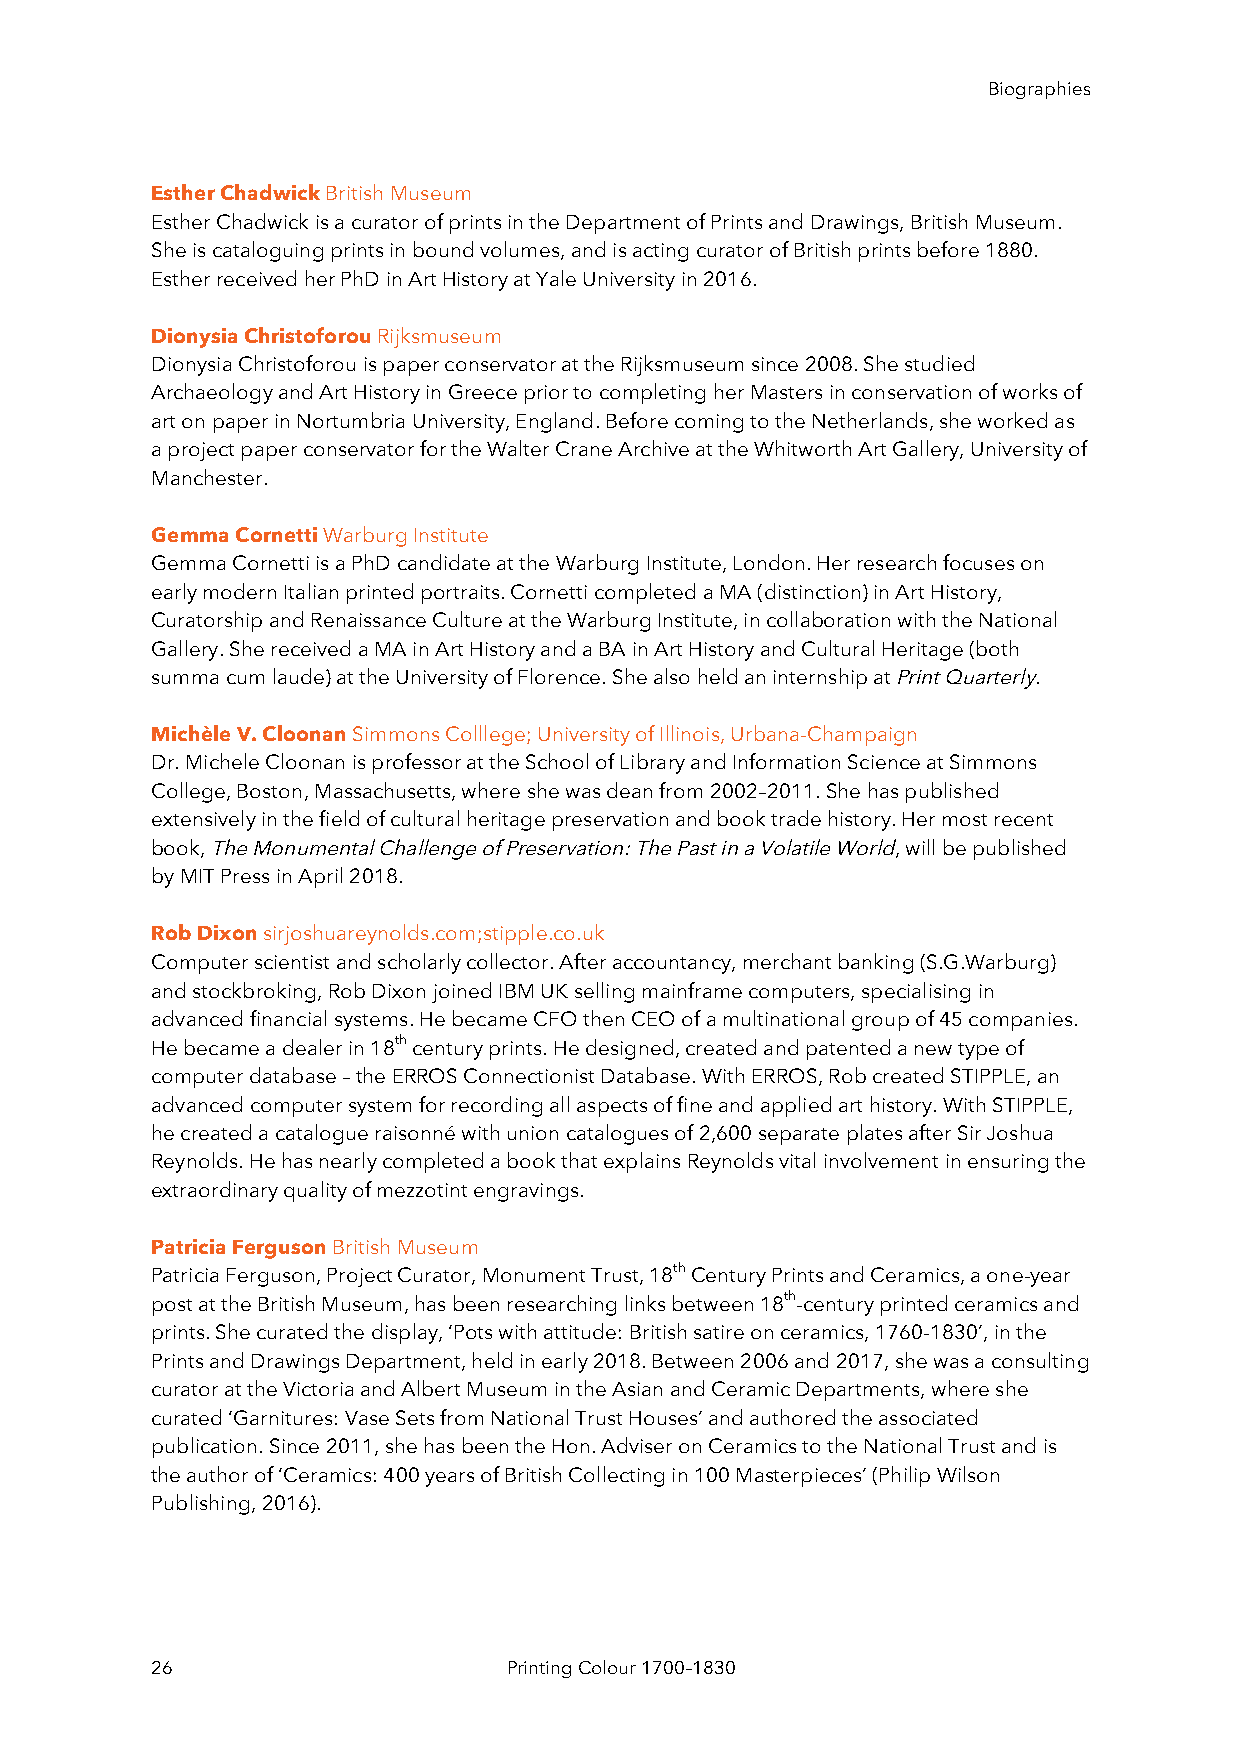
Biographies
 Esther Chadwick British Museum
 Esther Chadwick is a curator of prints in the Department of Prints and Drawings, British Museum.
 She is cataloguing prints in bound volumes, and is acting curator of British prints before 1880.
 Esther received her PhD in Art History at Yale University in 2016.
 Dionysia Christoforou Rijksmuseum
 Dionysia Christoforou is paper conservator at the Rijksmuseum since 2008. She studied
 Archaeology and Art History in Greece prior to completing her Masters in conservation of works of
 art on paper in Nortumbria University, England. Before coming to the Netherlands, she worked as
 a project paper conservator for the Walter Crane Archive at the Whitworth Art Gallery, University of
 Manchester.
 Gemma Cornetti Warburg Institute
 Gemma Cornetti is a PhD candidate at the Warburg Institute, London. Her research focuses on
 early modern Italian printed portraits. Cornetti completed a MA (distinction) in Art History,
 Curatorship and Renaissance Culture at the Warburg Institute, in collaboration with the National
 Gallery. She received a MA in Art History and a BA in Art History and Cultural Heritage (both
 summa cum laude) at the University of Florence. She also held an internship at Print Quarterly.
 Michèle V. Cloonan Simmons Colllege; University of Illinois, Urbana-Champaign
 Dr. Michele Cloonan is professor at the School of Library and Information Science at Simmons
 College, Boston, Massachusetts, where she was dean from 2002–2011. She has published
 extensively in the field of cultural heritage preservation and book trade history. Her most recent
 book, The Monumental Challenge of Preservation: The Past in a Volatile World, will be published
 by MIT Press in April 2018.
 Rob Dixon sirjoshuareynolds.com;stipple.co.uk
 Computer scientist and scholarly collector. After accountancy, merchant banking (S.G.Warburg)
 and stockbroking, Rob Dixon joined IBM UK selling mainframe computers, specialising in
 advanced financial systems. He became CFO then CEO of a multinational group of 45 companies.
 He became a dealer in 18th century prints. He designed, created and patented a new type of
 computer database – the ERROS Connectionist Database. With ERROS, Rob created STIPPLE, an
 advanced computer system for recording all aspects of fine and applied art history. With STIPPLE,
 he created a catalogue raisonné with union catalogues of 2,600 separate plates after Sir Joshua
 Reynolds. He has nearly completed a book that explains Reynolds vital involvement in ensuring the
 extraordinary quality of mezzotint engravings.
 Patricia Ferguson British Museum
 Patricia Ferguson, Project Curator, Monument Trust, 18th Century Prints and Ceramics, a one-year
 post at the British Museum, has been researching links between 18th-century printed ceramics and
 prints. She curated the display, ‘Pots with attitude: British satire on ceramics, 1760-1830’, in the
 Prints and Drawings Department, held in early 2018. Between 2006 and 2017, she was a consulting
 curator at the Victoria and Albert Museum in the Asian and Ceramic Departments, where she
 curated ‘Garnitures: Vase Sets from National Trust Houses’ and authored the associated
 publication. Since 2011, she has been the Hon. Adviser on Ceramics to the National Trust and is
 the author of ‘Ceramics: 400 years of British Collecting in 100 Masterpieces’ (Philip Wilson
 Publishing, 2016).
 26                      Printing Colour 1700–1830